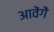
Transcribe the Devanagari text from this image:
आवेंगें